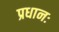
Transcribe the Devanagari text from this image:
प्रधानः